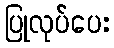
ပြုလုပ်ပေး